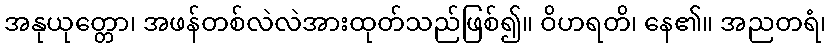
အနုယုတ္တော၊ အဖန်တစ်လဲလဲအားထုတ်သည်ဖြစ်၍။ ဝိဟရတိ၊ နေ၏။ အညတရံ၊